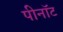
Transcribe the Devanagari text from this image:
पीनॉट